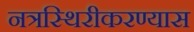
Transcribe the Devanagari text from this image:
नत्रस्थिरीकरण्यास